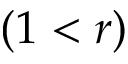
( 1 < r )